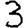
Digit: 3